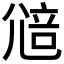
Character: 𡯷